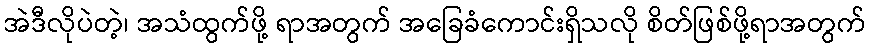
အဲဒီလိုပဲတဲ့၊ အသံထွက်ဖို့ ရာအတွက် အခြေခံကောင်းရှိသလို စိတ်ဖြစ်ဖို့ရာအတွက်